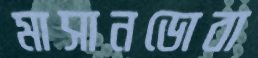
মাসানডোবা